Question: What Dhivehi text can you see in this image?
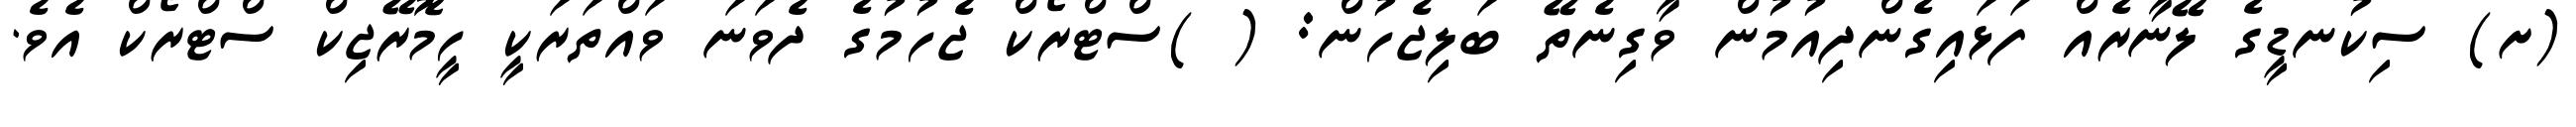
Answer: (ށ) ސިކުނޑީގެ ލޭނާރެއް ފަޅައިގެންދިއުމުން ވާގިނެތޭ ބަލިޖެހުން: ( )ސްޓްރޯކް ޖެހުމުގެ ދެވަނަ ވައްތަރަކީ ހީމޮރޭޖިކް ސްޓްރޯކް އެވެ.